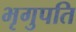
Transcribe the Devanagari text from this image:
भृगुपति